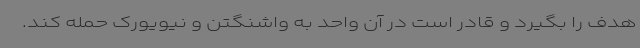
هدف را بگیرد و قادر است در آن واحد به واشنگتن و نیویورک حمله کند.